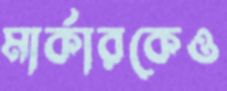
মার্কারকেও